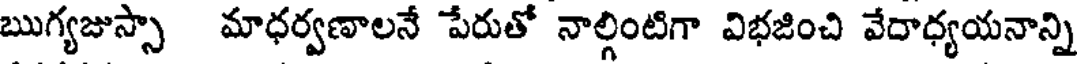
ఋగ్యజుస్సా మాధర్వణాలనే పేరుతో నాల్గింటిగా విభజించి వేదాధ్యయనాన్ని